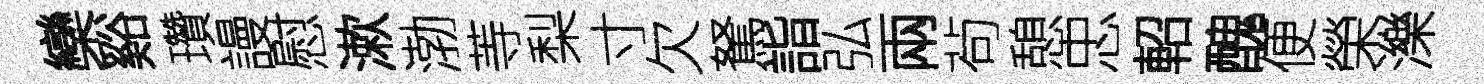
欒谿瓚謾慰漱渤䓁梨寸欠駑詣弘兩茍憩忠軺醜便榮濼